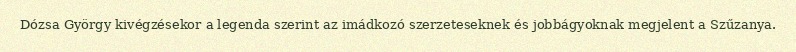
Dózsa György kivégzésekor a legenda szerint az imádkozó szerzeteseknek és jobbágyoknak megjelent a Szűzanya.